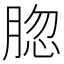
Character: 𦜩